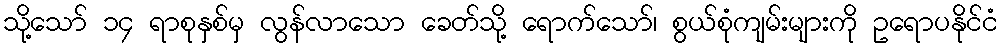
သို့သော် ၁၄ ရာစုနှစ်မှ လွန်လာသော ခေတ်သို့ ရောက်သော်၊ စွယ်စုံကျမ်းများကို ဥရောပနိုင်ငံ